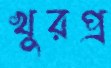
খুরপ্র